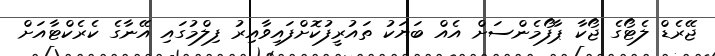
ޖޭރެޑް ލެޓޯގެ ޖޯކާ ޕާފޯމެންސަށް އެއް ބަޔަކު ތައުރީފުކޮށްފައިވާއިރު ފިލްމުގައި އޭނާގެ ކެރެކްޓާއަށް